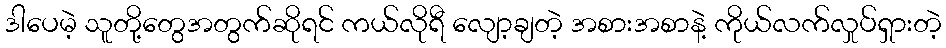
ဒါပေမဲ့ သူတို့တွေအတွက်ဆိုရင် ကယ်လိုရီ လျော့ချတဲ့ အစားအစာနဲ့ ကိုယ်လက်လှုပ်ရှားတဲ့